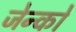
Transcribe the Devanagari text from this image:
जेन्को